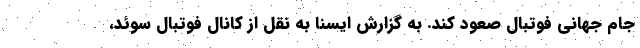
جام جهانی فوتبال صعود کند. به گزارش ایسنا به نقل از کانال فوتبال سوئد،